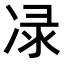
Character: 𭂕